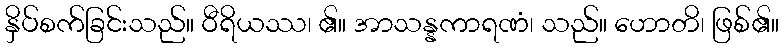
နှိပ်စက်ခြင်းသည်။ ဝီရိယဿ၊ ၏။ အာသန္နကာရဏံ၊ သည်။ ဟောတိ၊ ဖြစ်၏။